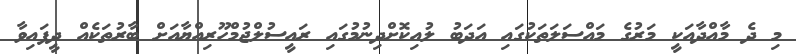
މި ދެ މާއްދާއަކީ މަރުގެ މައްސަލަތަކުގައި އަދަބު ލުއިކޮށްދިނުމުގައި ރައީސުލްޖުމްހޫރިއްޔާއަށް ބާރުތަކެއް ދީފައިވާ